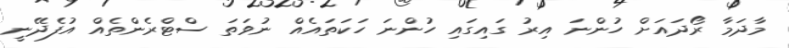
މާދަމާ ރޯދައަށް ހުންނަ އިރު ގައިގައި ހުންނަ ހަކަތައެއް ނުވަތަ ސްޓްރެންތެއް އުފެދޭނީ